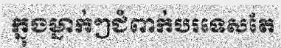
ក្នុងម្នាក់ៗជំពាក់បរទេសតែ